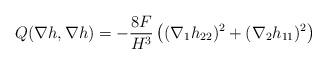
LaTeX: \begin{align*}Q(\nabla h,\nabla h)=-\frac{8F}{H^3}\left((\nabla_1h_{22})^2+(\nabla_2h_{11})^2\right)\end{align*}